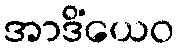
အာဒိံယေဝ